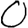
Digit: 0